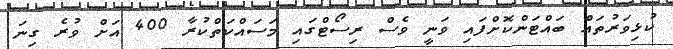
ކުޅިވަރުތައް ބައްޓަންކޮށްފައި ވަނީ ވެސް ރިސޯޓްގައި މަސައްކަތްކުރާ 400 އަށް ވުރެ ގިނަ